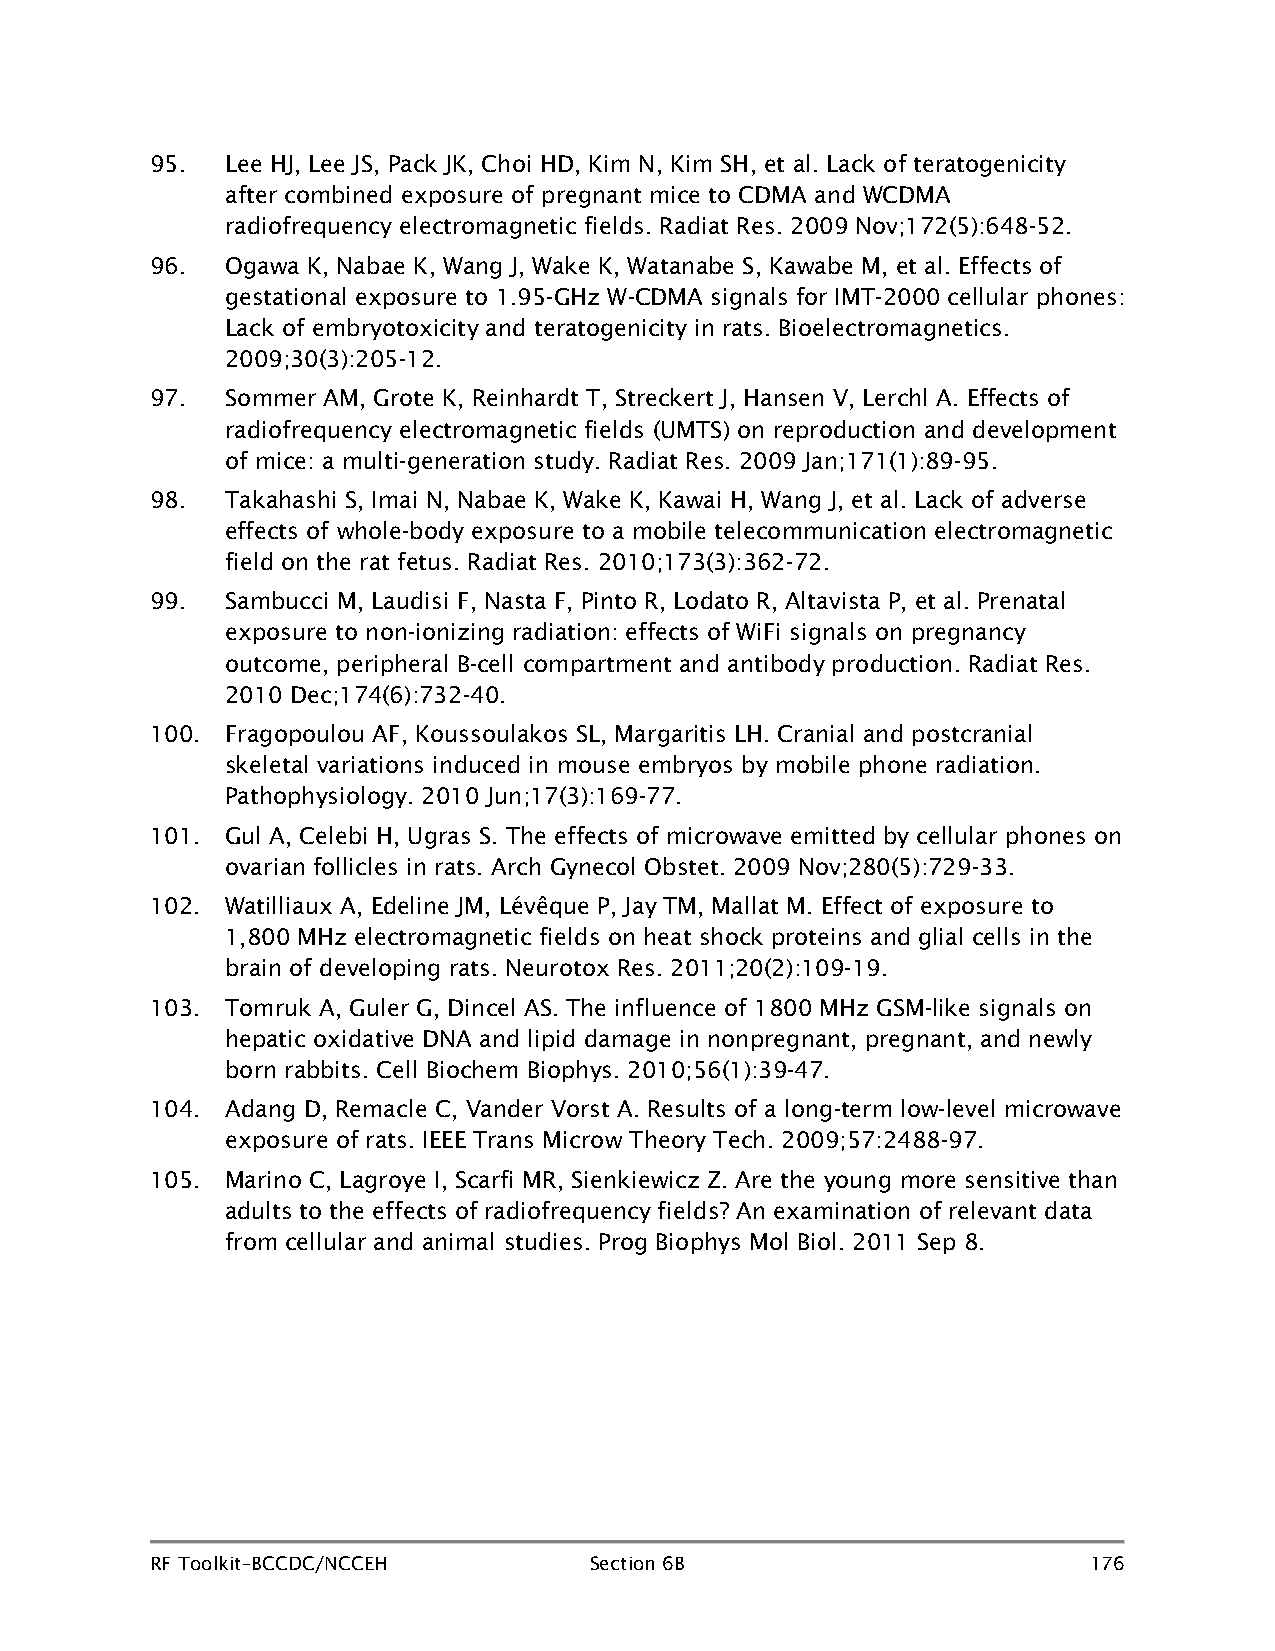
95.  Lee HJ, Lee JS, Pack JK, Choi HD, Kim N, Kim SH, et al. Lack of teratogenicity
 after combined exposure of pregnant mice to CDMA and WCDMA
 radiofrequency electromagnetic fields. Radiat Res. 2009 Nov;172(5):648-52.
 96.  Ogawa K, Nabae K, Wang J, Wake K, Watanabe S, Kawabe M, et al. Effects of
 gestational exposure to 1.95-GHz W-CDMA signals for IMT-2000 cellular phones:
 Lack of embryotoxicity and teratogenicity in rats. Bioelectromagnetics.
 2009;30(3):205-12.
 97.  Sommer AM, Grote K, Reinhardt T, Streckert J, Hansen V, Lerchl A. Effects of
 radiofrequency electromagnetic fields (UMTS) on reproduction and development
 of mice: a multi-generation study. Radiat Res. 2009 Jan;171(1):89-95.
 98.  Takahashi S, Imai N, Nabae K, Wake K, Kawai H, Wang J, et al. Lack of adverse
 effects of whole-body exposure to a mobile telecommunication electromagnetic
 field on the rat fetus. Radiat Res. 2010;173(3):362-72.
 99.  Sambucci M, Laudisi F, Nasta F, Pinto R, Lodato R, Altavista P, et al. Prenatal
 exposure to non-ionizing radiation: effects of WiFi signals on pregnancy
 outcome, peripheral B-cell compartment and antibody production. Radiat Res.
 2010 Dec;174(6):732-40.
 100. Fragopoulou AF, Koussoulakos SL, Margaritis LH. Cranial and postcranial
 skeletal variations induced in mouse embryos by mobile phone radiation.
 Pathophysiology. 2010 Jun;17(3):169-77.
 101. Gul A, Celebi H, Ugras S. The effects of microwave emitted by cellular phones on
 ovarian follicles in rats. Arch Gynecol Obstet. 2009 Nov;280(5):729-33.
 102. Watilliaux A, Edeline JM, Lévêque P, Jay TM, Mallat M. Effect of exposure to
 1,800 MHz electromagnetic fields on heat shock proteins and glial cells in the
 brain of developing rats. Neurotox Res. 2011;20(2):109-19.
 103. Tomruk A, Guler G, Dincel AS. The influence of 1800 MHz GSM-like signals on
 hepatic oxidative DNA and lipid damage in nonpregnant, pregnant, and newly
 born rabbits. Cell Biochem Biophys. 2010;56(1):39-47.
 104. Adang D, Remacle C, Vander Vorst A. Results of a long-term low-level microwave
 exposure of rats. IEEE Trans Microw Theory Tech. 2009;57:2488-97.
 105. Marino C, Lagroye I, Scarfi MR, Sienkiewicz Z. Are the young more sensitive than
 adults to the effects of radiofrequency fields? An examination of relevant data
 from cellular and animal studies. Prog Biophys Mol Biol. 2011 Sep 8.
 RF Toolkit–BCCDC/NCCEH       Section 6B                       176